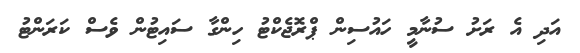
އަދި އެ ރަށު ސުނާމީ ހައުސިން ޕްރޮޖެކްޓު ހިންގާ ސައިޓުން ވެސް ކަރަންޓު